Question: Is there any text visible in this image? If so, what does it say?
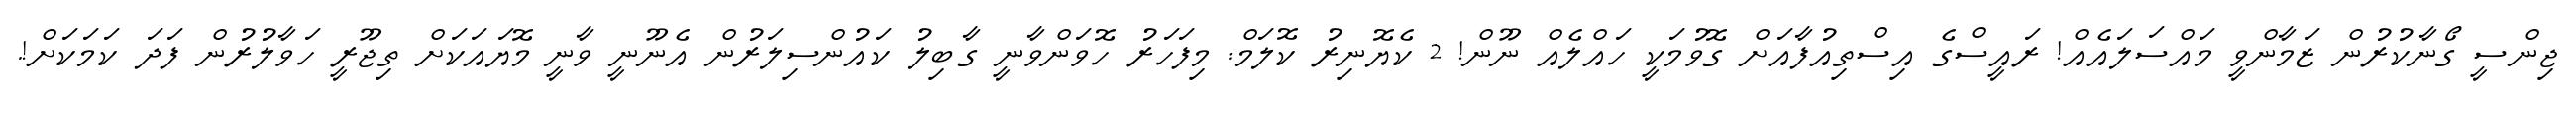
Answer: ޖިންސީ ގޯނާކުރުން ޒަމާންވީ މައްސަލައެއް! ރައީސްގެ އިސްތިއުފާއަށް ގޮވުމަކީ ހައްލެއް ނޫން! 2 ކެޔޮނިރު ކޮލަމް: މިފަހަރު ހޮވަންވާނީ ގާބިލު ކައުންސިލަރުން އެނޫނީ ވާނީ މޮޔައަކަށް ތިޖޫރީ ހަވާލުރުން ފަދަ ކަމަކަށް!.